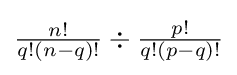
{\textstyle {\frac {n!}{q!(n-q)!}}\div {\frac {p!}{q!(p-q)!}}}